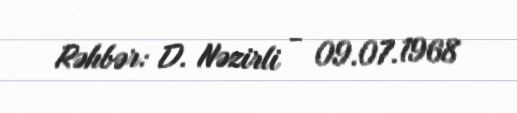
Rəhbər: D. Nəzirli - 09.07.1968